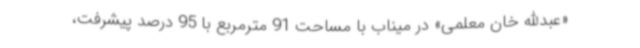
«عبدالله خان معلمی» در میناب با مساحت 91 مترمربع با 95 درصد پیشرفت،